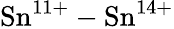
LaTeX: {\mathrm{Sn}}^{11+}-{\mathrm{Sn}}^{14+}